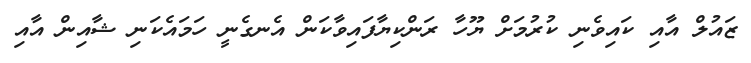
ޒައުލް އާއި ކައިވެނި ކުރުމަށް ޔޫހާ ރަންކިޔާފައިވާކަން އެނގެނީ ހަމައެކަނި ޝާއިން އާއި